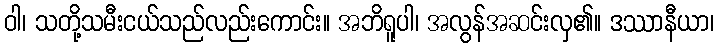
ဝါ၊ သတို့သမီးငယ်သည်လည်းကောင်း။ အဘိရူပါ၊ အလွန်အဆင်းလှ၏။ ဒဿာနီယာ၊